Annual administration report of the Civil Veterinary Department of India - 1909-1910
Year: 1909
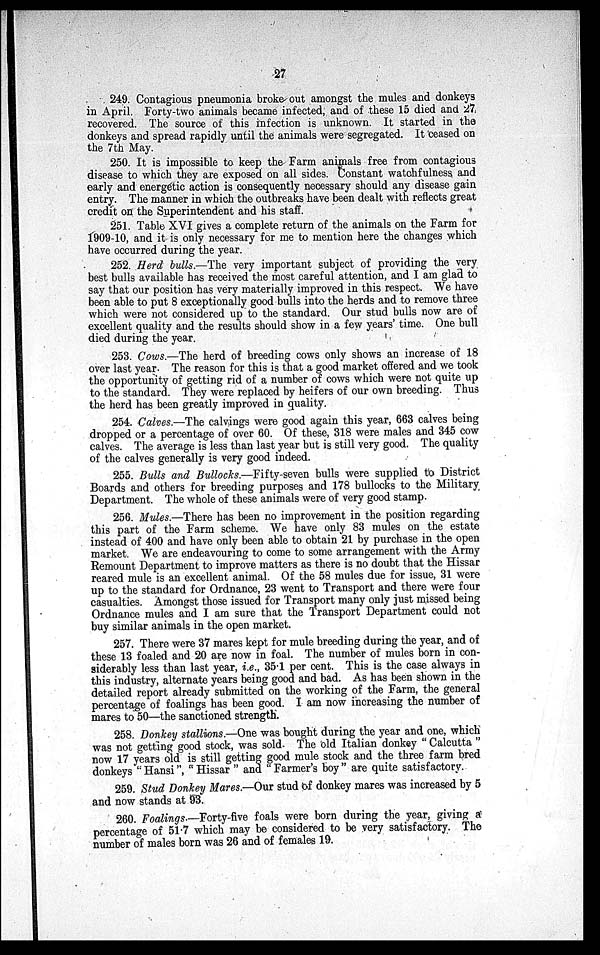
27
249. Contagious pneumonia broke out amongst the mules and donkeys
in April. Forty-two animals became infected, and of these 15 died and 27
recovered. The source of this infection is unknown. It started in the
donkeys and spread rapidly until the animals were segregated. It ceased on
the 7th May.
250. It is impossible to keep the Farm animals free from contagious
disease to which they are exposed on all sides. Constant watchfulness and
early and energetic action is consequently necessary should any disease gain
entry. The manner in which the outbreaks have been dealt with reflects great
credit on the Superintendent and his staff.
251. Table XVI gives a complete return of the animals on the Farm for
1909-10, and it is only necessary for me to mention here the changes which
have occurred during the year.
252. Herd bulls.—The very important subject of providing the very
best bulls available has received the most careful attention, and I am glad to
say that our position has very materially improved in this respect. We have
been able to put 8 exceptionally good bulls into the herds and to remove three
which were not considered up to the standard. Our stud bulls now are of
excellent quality and the results should show in a few years' time. One bull
died during the year.
253. Cows.—The herd of breeding cows only shows an increase of 18
over last year. The reason for this is that a good market offered and we took
the opportunity of getting rid of a number of cows which were not quite up
to the standard. They were replaced by heifers of our own breeding. Thus
the herd has been greatly improved in quality.
254. Calves.—The calvings were good again this year, 663 calves being
dropped or a percentage of over 60. Of these, 318 were males and 345 cow
calves. The average is less than last year but is still very good. The quality
of the calves generally is very good indeed.
255. Bulls and Bullocks.—Fifty-seven bulls were supplied to District
Boards and others for breeding purposes and 178 bullocks to the Military
Department. The whole of these animals were of very good stamp.
256. Mules.—There has been no improvement in the position regarding
this part of the Farm scheme. We have only 83 mules on the estate
instead of 400 and have only been able to obtain 21 by purchase in the open
market. We are endeavouring to come to some arrangement with the Army
Remount Department to improve matters as there is no doubt that the Hissar
reared mule is an excellent animal. Of the 58 mules due for issue, 31 were
up to the standard for Ordnance, 23 went to Transport and there were four
casualties. Amongst those issued for Transport many only just missed being
Ordnance mules and I am sure that the Transport Department could not
buy similar animals in the open market.
257. There were 37 mares kept for mule breeding during the year, and of
these 13 foaled and 20 are now in foal. The number of mules born in con-
siderably less than last year, i.e., 35.1 per cent. This is the case always in
this industry, alternate years being good and bad. As has been shown in the
detailed report already submitted on the working of the Farm, the general
percentage of foalings has been good. I am now increasing the number of
mares to 50—the sanctioned strength.
258. Donkey stallions.—One was bought during the year and one, which
was not getting good stock, was sold. The old Italian donkey " Calcutta "
now 17 years old is still getting good mule stock and the three farm bred
donkeys " Hansi ", " Hissar " and " Farmer's boy " are quite satisfactory.
259. Stud Donkey Mares.—Our stud of donkey mares was increased by 5
and now stands at 93.
260. Foalings.—Forty-five foals were born during the year, giving a
percentage of 51.7 which may be considered to be very satisfactory. The
number of males born was 26 and of females 19.